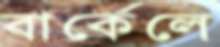
বার্কেলে